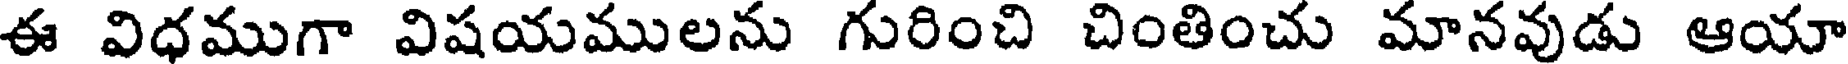
ఈ విధముగా విషయములను గురించి చింతించు మానవుడు ఆయా